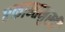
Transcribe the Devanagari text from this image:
एकान्तमुखी